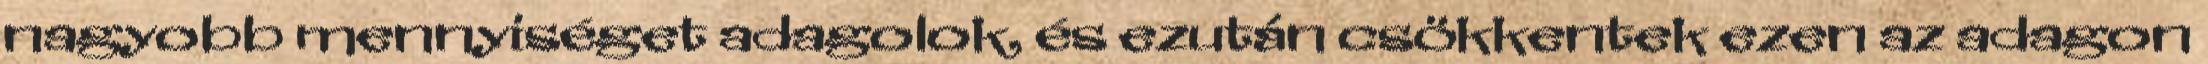
nagyobb mennyiséget adagolok, és ezután csökkentek ezen az adagon